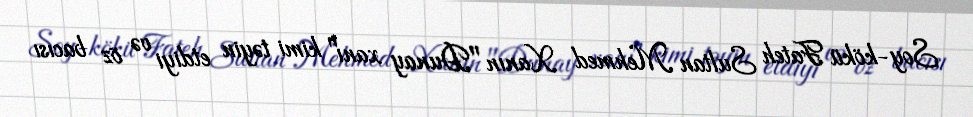
Soy-kökü Fateh Sultan Mehmed Xanın "Dunay xanı" kimi təyin etdiyi və öz bacısı